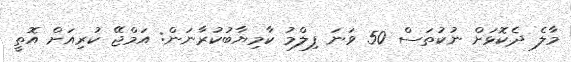
މާލެ ދެކޮޅަށް ނުކުތަސް 50 ވަނަ ފިލްމު ކާމިޔާބުކުރާނަން: އަމްޖޭ ކުރިއަށް އޮތީ